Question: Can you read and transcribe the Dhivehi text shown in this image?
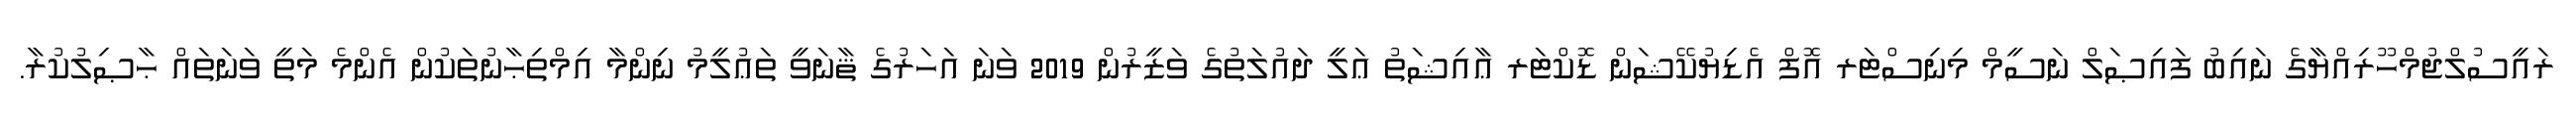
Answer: ރައީސުލްޖުމްހޫރިއްޔާގެ ނައިބު ފައިޞަލް ނަސީމް މިނިސްޓަރ އޮފް އެޑިޔުކޭޝަން ޑޮކްޓަރ ޢާއިޝަތު ޢަލީ ދައުލަތުގެ ވަޒީރުން 2019 ވަނަ އަހަރުގެ ޘާނަވީ ތަޢުލީމު ނިންމާ އިމްތިޙާނުތަކުން އެންމެ މަތީ ވަނަތައް ޙާޞިލުކުރާ.